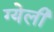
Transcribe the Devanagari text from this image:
ग्येली